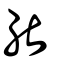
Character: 能